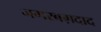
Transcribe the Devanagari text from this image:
नगरबग़दाद